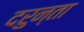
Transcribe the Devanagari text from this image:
दरुन्ता